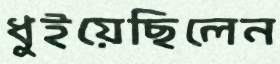
ধুইয়েছিলেন